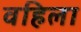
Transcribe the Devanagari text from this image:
वहिला